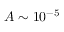
A \sim 1 0 ^ { - 5 }